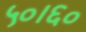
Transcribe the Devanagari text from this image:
५०।६०